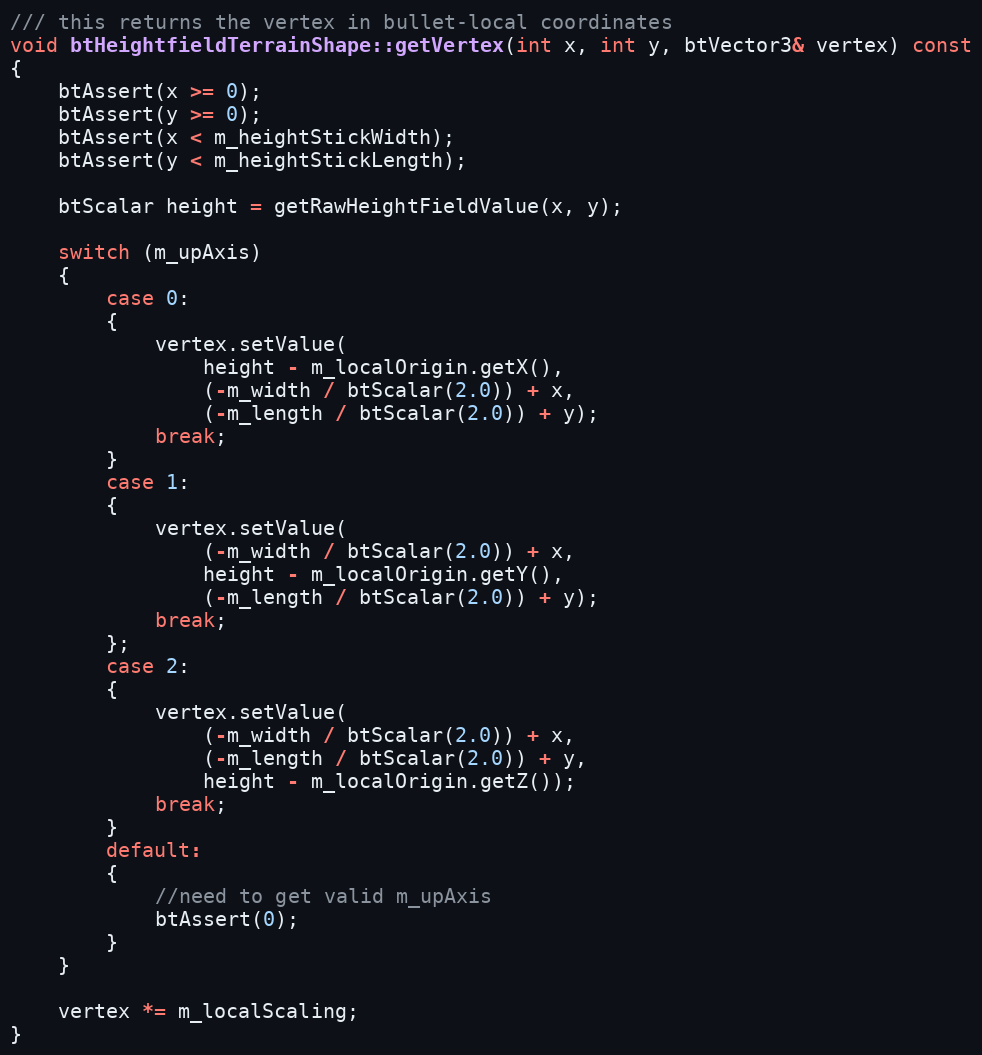
Language: C++
/// this returns the vertex in bullet-local coordinates
void btHeightfieldTerrainShape::getVertex(int x, int y, btVector3& vertex) const
{
	btAssert(x >= 0);
	btAssert(y >= 0);
	btAssert(x < m_heightStickWidth);
	btAssert(y < m_heightStickLength);

	btScalar height = getRawHeightFieldValue(x, y);

	switch (m_upAxis)
	{
		case 0:
		{
			vertex.setValue(
				height - m_localOrigin.getX(),
				(-m_width / btScalar(2.0)) + x,
				(-m_length / btScalar(2.0)) + y);
			break;
		}
		case 1:
		{
			vertex.setValue(
				(-m_width / btScalar(2.0)) + x,
				height - m_localOrigin.getY(),
				(-m_length / btScalar(2.0)) + y);
			break;
		};
		case 2:
		{
			vertex.setValue(
				(-m_width / btScalar(2.0)) + x,
				(-m_length / btScalar(2.0)) + y,
				height - m_localOrigin.getZ());
			break;
		}
		default:
		{
			//need to get valid m_upAxis
			btAssert(0);
		}
	}

	vertex *= m_localScaling;
}